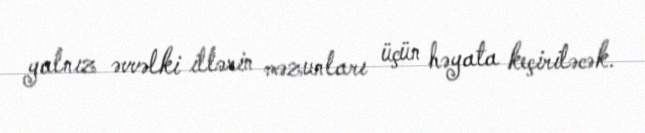
yalnız əvvəlki illərin məzunları üçün həyata keçiriləcək.